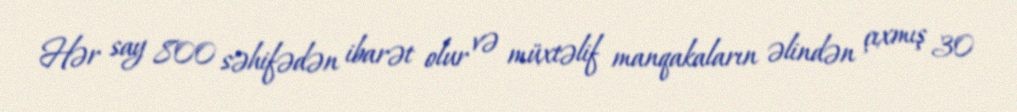
Hər say 800 səhifədən ibarət olur və müxtəlif manqakaların əlindən çıxmış 30